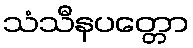
သံသီနပတ္တော